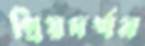
প্রিয়দর্শন